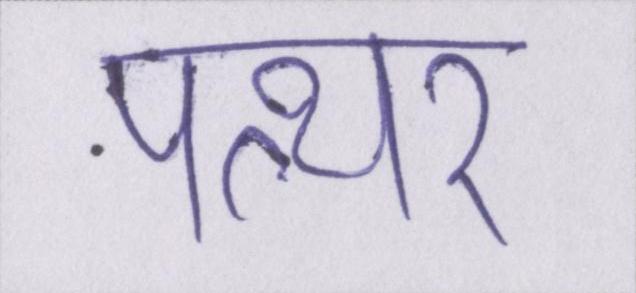
पत्थर